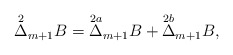
\begin{align*} \overset{2}{\Delta}_{m+1}B=\overset{2a}{\Delta}_{m+1}B+\overset{2b}{\Delta}_{m+1}B,\end{align*}